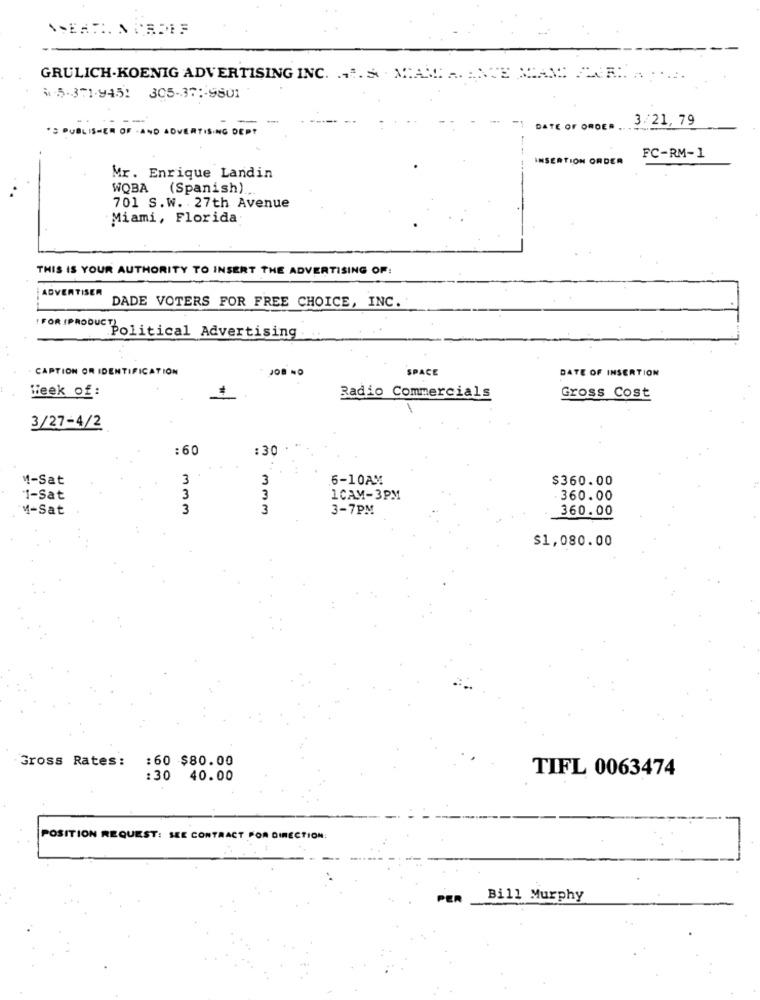
GRULICH.KOENIG ADVERTISING INC. . A. S . MAM. ..
45-371-945! 305-37 :- 9801
3/21, 79
'S PUBLISHER OF AND ADVERTISING DEPT
DATE OF ORDER
INSERTION ORDER
FC-RM-1
Mr. Enrique Landin
WQBA (Spanish)
701 S.W. 27th Avenue
Miami, Florida
THIS IS YOUR AUTHORITY TO INSERT THE ADVERTISING OF:
ADVERTISER
DADE VOTERS FOR FREE CHOICE, INC.
:FORIPRODUC Political Advertising
CAPTION OR IDENTIFICATION
SPACE
DATE OF INSERTION
Week of:
Radio Commercials
Gross Cost
3/27-4/2
: 60
:30
1-Sat
3
3
6-10A%
$360.00
3
1-Sat
3
1CAM-3PM
. 360.00
M-Sat
3
3
3-7PM
360.00
$1,080.00
Gross Rates:
:60 $80.00
TIFL 0063474
:30 40.00
POSITION REQUEST: SEE CONTRACT POR DIRECTION:
PER
Bill Murphy